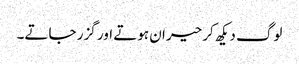
لوگ دیکھ کر حیران ہوتے اور گزر جاتے۔